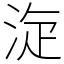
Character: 㳬